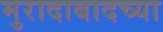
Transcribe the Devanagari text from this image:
मुरादाबादच्या